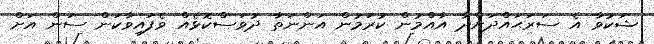
ޝަކުވާ އެ ސަރަޙައްދަށްދާ އާއްމުން ކުރަމުން އަންނަތާ ދުވަސްކޮޅެއް ވެފައިވާކަން ސަން އަށް